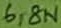
Text: 3,8n